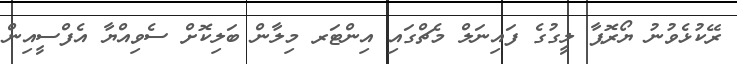
ރޭކުޅެވުނު ޔޯރޮޕާ ލީގުގެ ފައިނަލް މެޗްގައި އިންޓަރ މިލާން ބަލިކޮށް ސެވިއްޔާ އެފްސީއިން